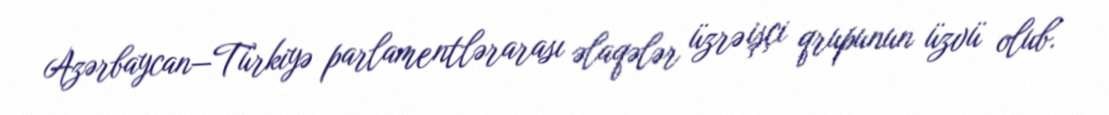
Azərbaycan—Türkiyə parlamentlərarası əlaqələr üzrə işçi qrupunun üzvü olub.